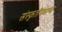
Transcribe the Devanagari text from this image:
संस्कृतींमधल्या